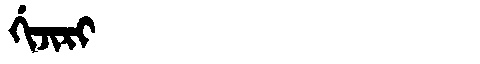
Manchu: ᡤᡳᠵᡳᡵᡳ
Romanization: GIJIRI